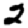
Digit: 2